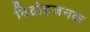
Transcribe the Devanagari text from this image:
विद्रोहजनक